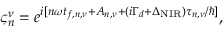
\begin{array} { r } { \varsigma _ { n } ^ { \nu } = e ^ { i [ n \omega t _ { f , n , \nu } + A _ { n , \nu } + ( i \Gamma _ { d } + \Delta _ { \mathrm { N I R } } ) \tau _ { n , \nu } / \hbar ] } , } \end{array}